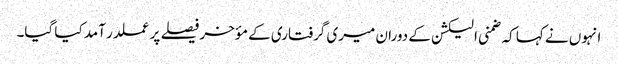
انہوں نے کہا کہ ضمنی الیکشن کے دوران میری گرفتاری کے مؤخر فیصلے پر عملدر آمد کیا گیا۔